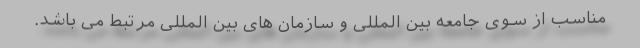
مناسب از سوی جامعه بین المللی و سازمان های بین المللی مرتبط می باشد.